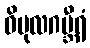
ဝိပုလဂမ္ဘီရံ